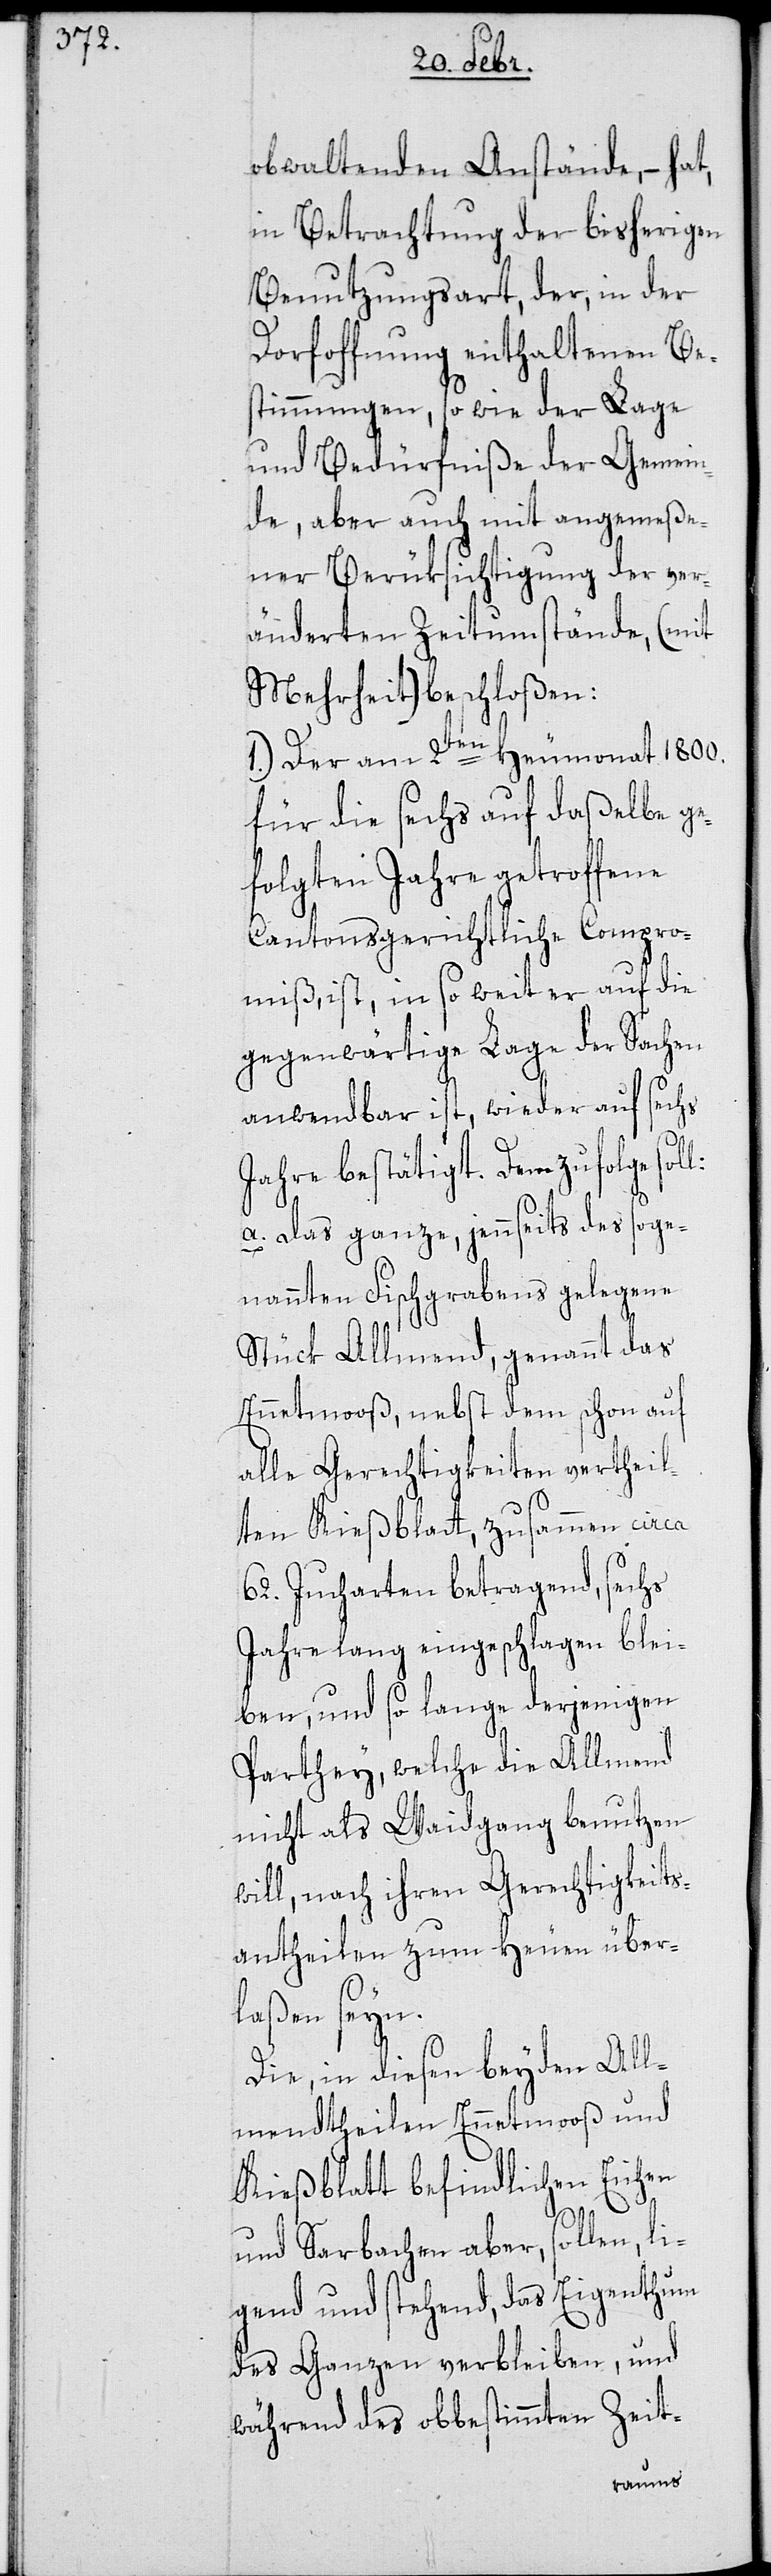
obwaltenden Anstände, – hat
in Betrachtung der bisherigen
Benutzungsart, der, in der
Dorfoffnung enthaltenen Be¬
stimmungen, sowie der Lage
und Bedürfniße der Gemein¬
de, aber auch mit angemeße¬
ner Berüksichtigung der ver¬
änderten Zeitumstände (mit
Mehrheit) beschloßen:
1.) Der am 2ten Heumonat 1800.
für die sechs auf daßelbe ge¬
folgten Jahre getroffene
Cantonsgerichtliche Compro¬
miß, ist, in so weit er auf die
gegenwärtige Lage der Sachen
anwendbar ist, wieder auf sechs
Jahre bestätigt. Demzufolge soll
a. das ganze, jennseits des soge¬
nannten Fischgrabens gelegene
Stück Allmend, genannt das
Ennetmooß, nebst dem schon auf
alle Gerechtigkeiten vertheil¬
ten Kießblatt, zusammen circa
62. Jucharten betragend, sechs
Jahre lang eingeschlagen blei¬
ben, und so lange derjenigen
Parthey, welche die Allmend
nicht als Waidgang benutzen
will, nach ihren Gerechtigkeits¬
antheilen zum Heuen über¬
laßen seyn.
Die, in diesen beyden All¬
mendtheilen Ennetmooß und
Kießblatt befindlichen Eichen
und Sarbachen aber, sollen li¬
gend und stehend, das Eigenthum
des Ganzen verbleiben, und
während des obbestimmten Zeit-